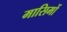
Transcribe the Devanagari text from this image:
मासिमों